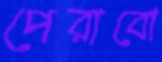
পেরাবো